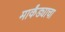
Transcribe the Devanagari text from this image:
मार्कंड्याचा